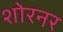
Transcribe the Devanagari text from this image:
शोरनर